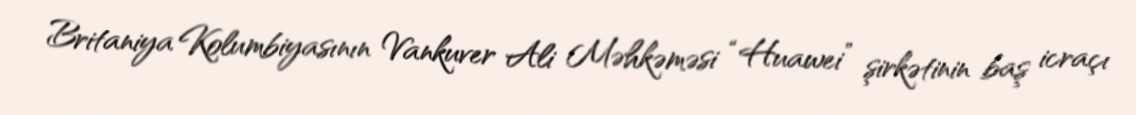
Britaniya Kolumbiyasının Vankuver Ali Məhkəməsi “Huawei” şirkətinin baş icraçı